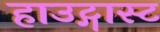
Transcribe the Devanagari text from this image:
हाउट्गास्ट